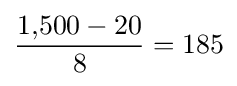
{\frac {1{,}500-20}{8}}=185